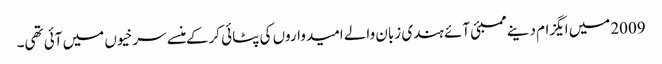
2009میں ایگزام دینے ممبئی آئے ہندی زبان والے امیدواروں کی پٹائی کرکے منسے سرخیوں میں آئی تھی۔